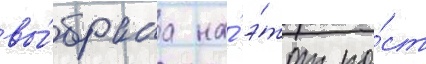
вы́брана на́ э́тот по́ст